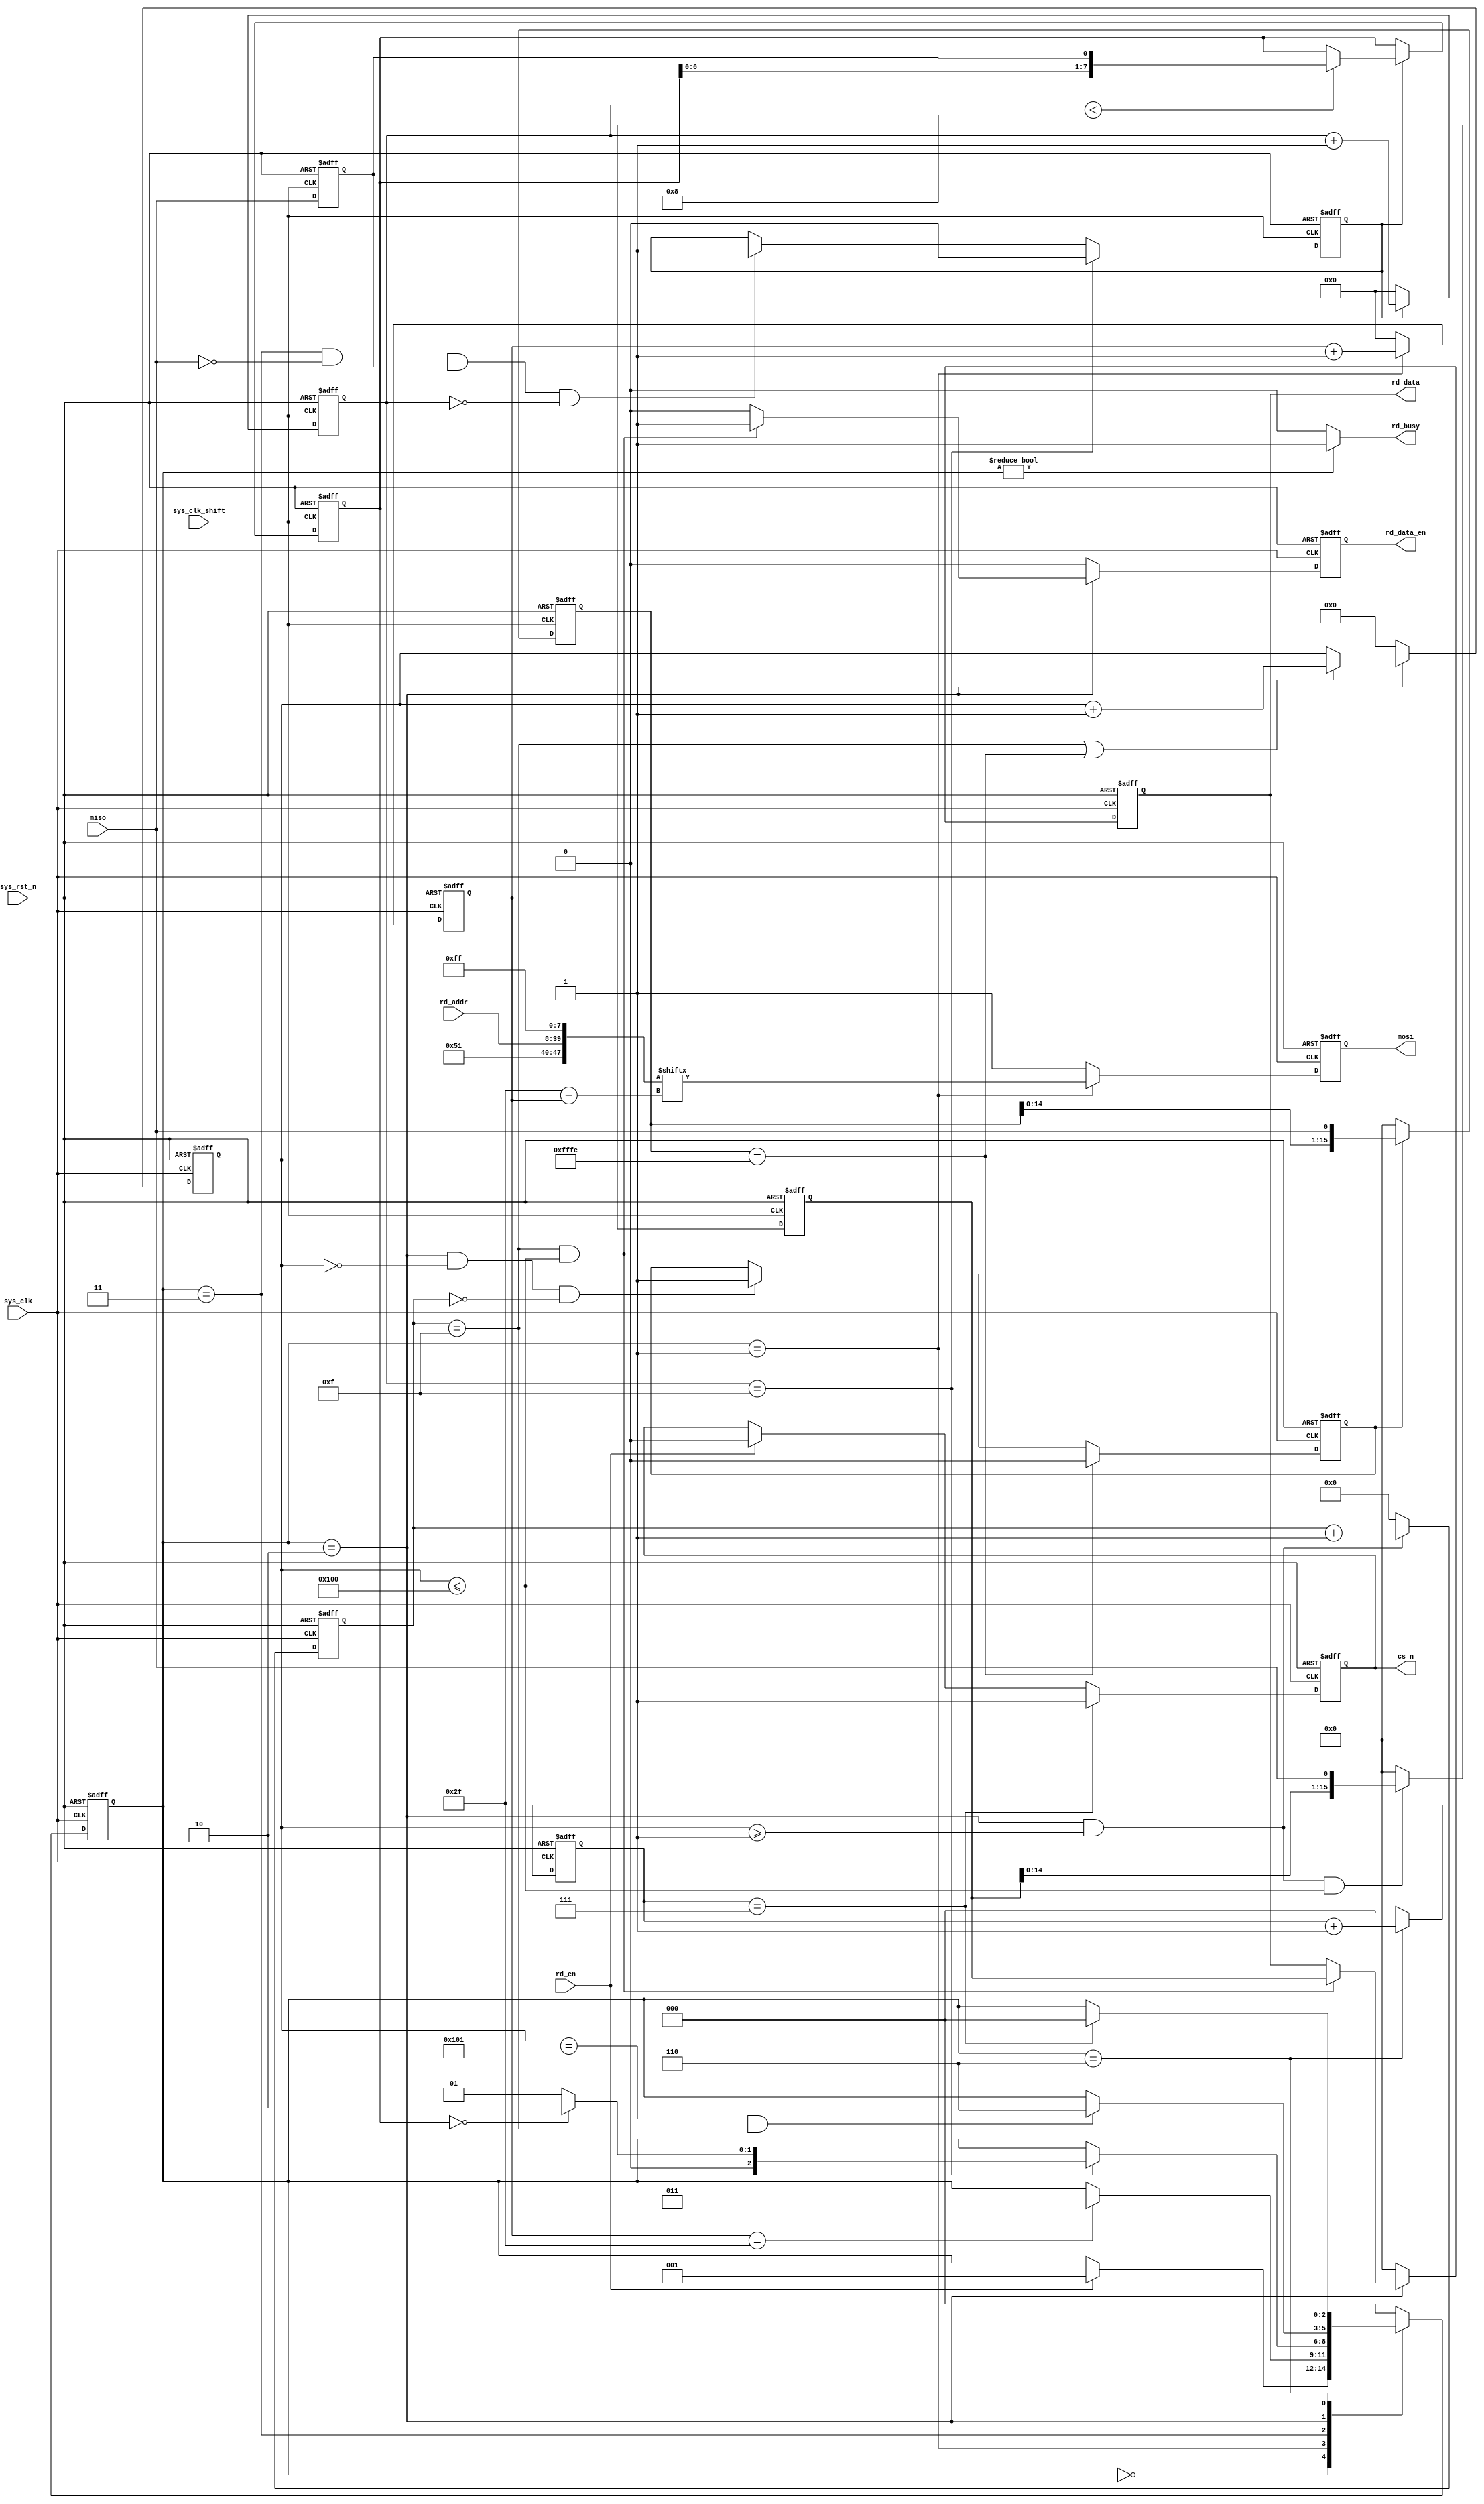
`timescale  1ns/1ns
////////////////////////////////////////////////////////////////////////
// Module Name   : sd_read
// Project Name  : uart_sd
// Target Devices: Altera EP4CE10F17C8N
// Tool Versions : Quartus 13.0
// Description   : SD
//
// Revision      : V1.0
// Additional Comments:
// 
// : _Pro_FPGA
//     : http://www.embedfire.com
//     : http://www.firebbs.cn
//     : https://fire-stm32.taobao.com
////////////////////////////////////////////////////////////////////////

module  sd_read
(
    input   wire            sys_clk         ,   //,50MHz
    input   wire            sys_clk_shift   ,   //,50MHz,90
    input   wire            sys_rst_n       ,   //,
    input   wire            miso            ,   //
    input   wire            rd_en           ,   //
    input   wire    [31:0]  rd_addr         ,   //

    output  wire            rd_busy         ,   //
    output  reg             rd_data_en      ,   //
    output  reg     [15:0]  rd_data         ,   //
    output  reg             cs_n            ,   //
    output  reg             mosi                //
);

//********************************************************************//
//****************** Parameter and Internal Signal *******************//
//********************************************************************//
//parameter define
parameter   IDLE        =   3'b000  ,   //
            SEND_CMD17  =   3'b001  ,   //CMD17
            CMD17_ACK   =   3'b011  ,   //CMD17
            RD_DATA     =   3'b010  ,   //
            RD_END      =   3'b110  ;   //
parameter   DATA_NUM    =   12'd256 ;   //

//wire  define
wire    [47:0]  cmd_rd      ;   //

//reg   define
reg     [2:0]   state       ;   //
reg     [7:0]   cnt_cmd_bit ;   //
reg             ack_en      ;   //
reg     [7:0]   ack_data    ;   //
reg     [7:0]   cnt_ack_bit ;   //
reg     [11:0]  cnt_data_num;   //
reg     [3:0]   cnt_data_bit;   //
reg     [2:0]   cnt_end     ;   //
reg             miso_dly    ;   //
reg     [15:0]  rd_data_reg ;   //
reg     [15:0]  byte_head   ;   //
reg             byte_head_en;   //

//********************************************************************//
//***************************** Main Code ****************************//
//********************************************************************//
//rd_busy:
assign  rd_busy = (state != IDLE) ? 1'b1 : 1'b0;

//cmd_rd:
assign  cmd_rd = {8'h51,rd_addr,8'hff};

//miso_dly:
always@(posedge sys_clk_shift or negedge sys_rst_n)
    if(sys_rst_n == 1'b0)
        miso_dly    <=  1'b0;
    else
        miso_dly    <=  miso;

//ack_en:
always@(posedge sys_clk_shift or negedge sys_rst_n)
    if(sys_rst_n == 1'b0)
        ack_en  <=  1'b0;
    else    if(cnt_ack_bit == 8'd15)
        ack_en  <=  1'b0;
    else    if((state == CMD17_ACK) && (miso == 1'b0)
                && (miso_dly == 1'b1) && (cnt_ack_bit == 8'd0))
        ack_en  <=  1'b1;
    else
        ack_en  <=  ack_en;

//ack_data:
//cnt_ack_bit:
always@(posedge sys_clk_shift or negedge sys_rst_n)
    if(sys_rst_n == 1'b0)
        begin
            ack_data    <=  8'b0;
            cnt_ack_bit <=  8'd0;
        end
    else    if(ack_en == 1'b1)
        begin
            cnt_ack_bit     <=  cnt_ack_bit + 8'd1;
            if(cnt_ack_bit < 8'd8)
                ack_data    <=  {ack_data[6:0],miso_dly};
            else
                ack_data    <=  ack_data;
        end
    else
        cnt_ack_bit <=  8'd0;

//state:
always@(posedge sys_clk or negedge sys_rst_n)
    if(sys_rst_n == 1'b0)
        state   <=  IDLE;
    else
        case(state)
            IDLE:
                if(rd_en == 1'b1)
                    state   <=  SEND_CMD17;
                else
                    state   <=  state;
            SEND_CMD17:
                if(cnt_cmd_bit == 8'd47)
                    state   <=  CMD17_ACK;
                else
                    state   <=  state;
            CMD17_ACK:
                if(cnt_ack_bit == 8'd15)
                    if(ack_data == 8'h00)
                        state   <=  RD_DATA;
                    else
                        state   <=  SEND_CMD17;
                else
                    state   <=  state;
            RD_DATA:
                if((cnt_data_num == (DATA_NUM + 1'b1))
                    && (cnt_data_bit == 4'd15))
                    state   <=  RD_END;
                else
                    state   <=  state;
            RD_END:
                if(cnt_end == 3'd7)
                    state   <=  IDLE;
                else
                    state   <=  state;
            default:state   <=  IDLE;
        endcase

//cs_n:
always@(posedge sys_clk or negedge sys_rst_n)
    if(sys_rst_n == 1'b0)
        cs_n    <=  1'b1;
    else    if(cnt_end == 3'd7)
        cs_n    <=  1'b1;
    else    if(rd_en == 1'b1)
        cs_n    <=  1'b0;
    else
        cs_n    <=  cs_n;

//cnt_cmd_bit:
always@(posedge sys_clk or negedge sys_rst_n)
    if(sys_rst_n == 1'b0)
        cnt_cmd_bit     <=  8'd0;
    else    if(state == SEND_CMD17)
        cnt_cmd_bit     <=  cnt_cmd_bit + 8'd1;
    else
        cnt_cmd_bit     <=  8'd0;

//mosi:
always@(posedge sys_clk or negedge sys_rst_n)
    if(sys_rst_n == 1'b0)
        mosi    <=  1'b1;
    else    if(state == SEND_CMD17)
        mosi    <=  cmd_rd[8'd47 - cnt_cmd_bit];
    else
        mosi    <=  1'b1;

//byte_head:
always@(posedge sys_clk_shift or negedge sys_rst_n)
    if(sys_rst_n == 1'b0)
        byte_head   <=  16'b0;
    else    if(byte_head_en == 1'b0)
        byte_head   <=  16'b0;
    else    if(byte_head_en == 1'b1)
        byte_head   <=  {byte_head[14:0],miso};
    else
        byte_head   <=  byte_head;

//byte_head_en:
always@(posedge sys_clk or negedge sys_rst_n)
    if(sys_rst_n == 1'b0)
        byte_head_en    <=  1'b0;
    else    if(byte_head == 16'hfffe)
        byte_head_en    <=  1'b0;
    else    if((state == RD_DATA) && (cnt_data_num == 12'd0)
                && (cnt_data_bit == 4'd0))
        byte_head_en    <=  1'b1;
    else
        byte_head_en    <=  byte_head_en;

//cnt_data_bit:
always@(posedge sys_clk or negedge sys_rst_n)
    if(sys_rst_n == 1'b0)
        cnt_data_bit    <=  4'd0;
    else    if((state == RD_DATA) && (cnt_data_num >= 12'd1))
        cnt_data_bit    <=  cnt_data_bit + 4'd1;
    else
        cnt_data_bit    <=  4'd0;

//cnt_data_num:
always@(posedge sys_clk or negedge sys_rst_n)
    if(sys_rst_n == 1'b0)
        cnt_data_num    <=  12'd0;
    else    if(state == RD_DATA)
        if((cnt_data_bit == 4'd15) || (byte_head == 16'hfffe))
            cnt_data_num    <=  cnt_data_num + 12'd1;
        else
            cnt_data_num    <=  cnt_data_num;
    else
        cnt_data_num    <=  12'd0;

//rd_data_reg:
always@(posedge sys_clk_shift or negedge sys_rst_n)
    if(sys_rst_n == 1'b0)
        rd_data_reg <=  16'd0;
    else    if((state == RD_DATA) && (cnt_data_num >= 12'd1)
                && (cnt_data_num <= DATA_NUM))
        rd_data_reg <=  {rd_data_reg[14:0],miso};
    else
        rd_data_reg <=  16'd0;

//rd_data_en:
//rd_data:
always@(posedge sys_clk or negedge sys_rst_n)
    if(sys_rst_n == 1'b0)
        begin
            rd_data_en  <=  1'b0;
            rd_data     <=  16'd0;
        end
    else    if(state == RD_DATA)
        begin
            if((cnt_data_bit == 4'd15) && (cnt_data_num <= DATA_NUM))
                begin
                    rd_data_en  <=  1'b1;
                    rd_data     <=  rd_data_reg;
                end
            else
                begin
                    rd_data_en  <=  1'b0;
                    rd_data     <=  rd_data;
                end
        end
    else
        begin
            rd_data_en  <=  1'b0;
            rd_data     <=  16'd0;
        end

//cnt_end:
always@(posedge sys_clk or negedge sys_rst_n)
    if(sys_rst_n == 1'b0)
        cnt_end <=  3'd0;
    else    if(state == RD_END)
        cnt_end <=  cnt_end + 3'd1;
    else
        cnt_end <=  3'd0;

endmodule